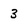
Character: 3